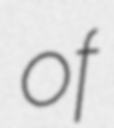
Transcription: of